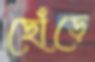
ছোঁড়ে